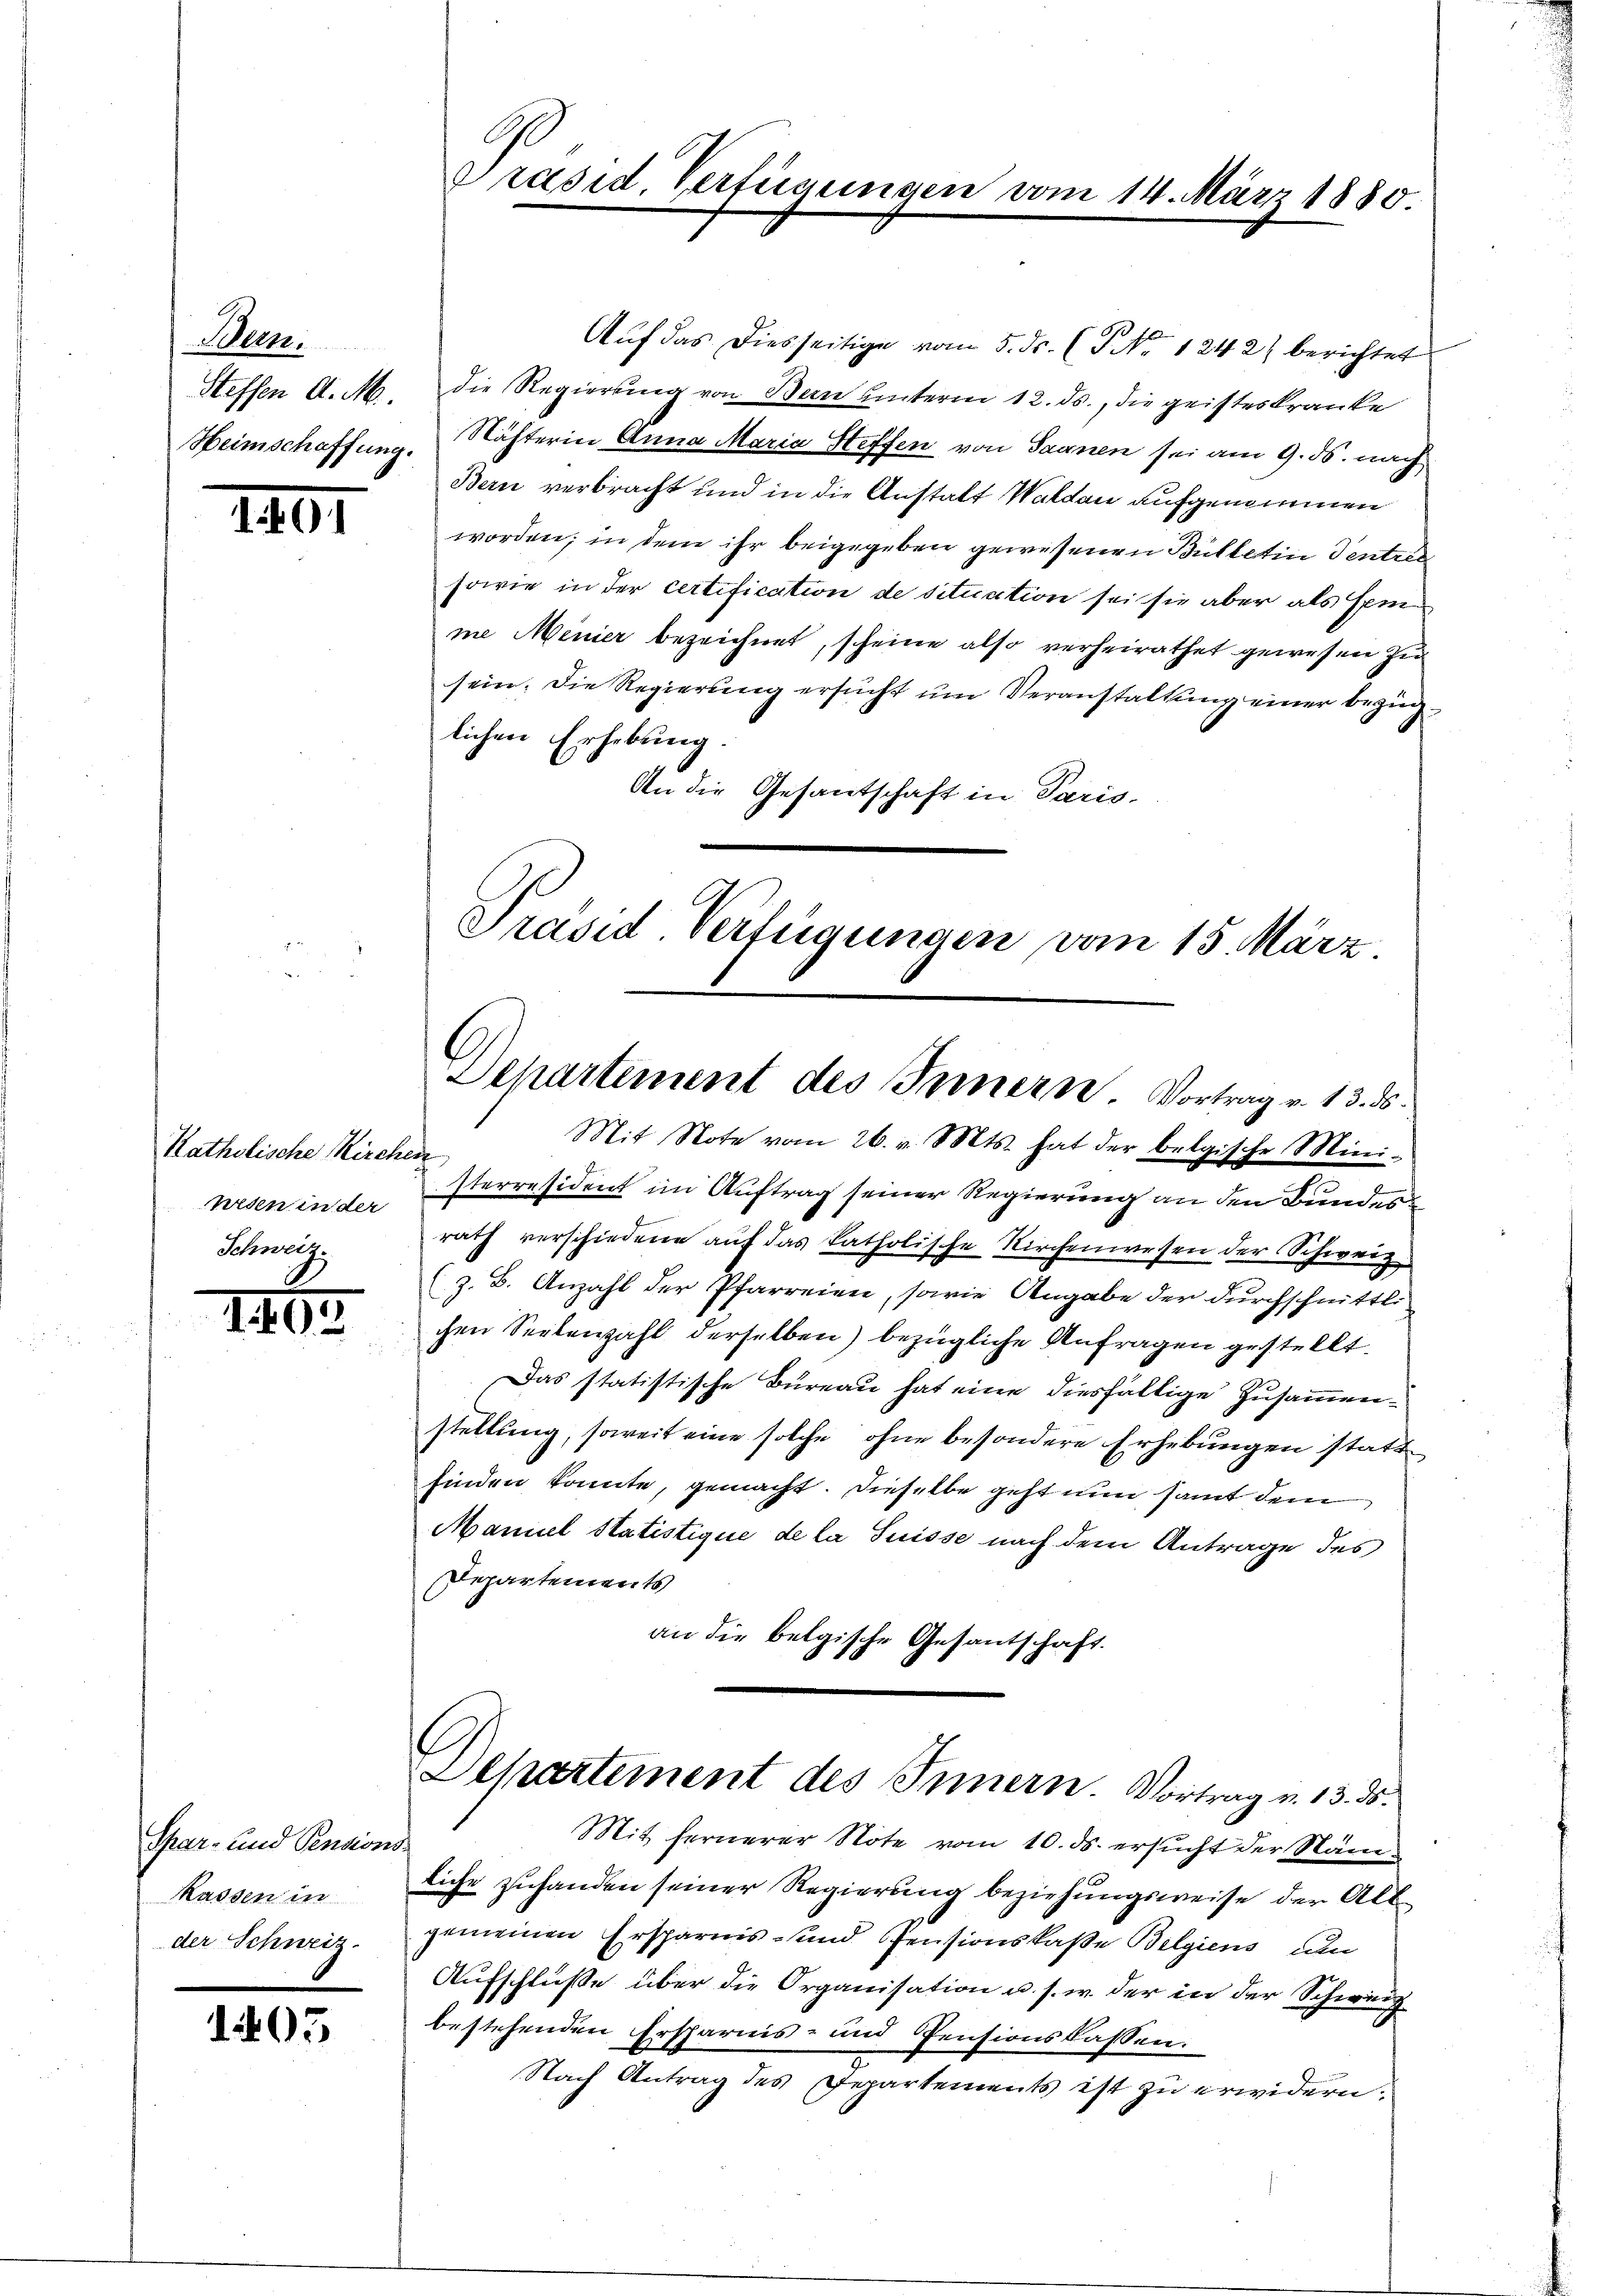
Bern.
Heimschaffung.

1401

Katholische Kirchen
wreden in der
Schweiz.

1402

Spar- und Pensions
Massen in
der Schweiz.

1403

Aŭf das diesseitige vom 5. ds. (T No 1242) berichtet
Steffen d. M. die Regierung von Bern unterm 12. ds., die geisteskranke
Nächterin Anna Maria Steffen von Saanen sei am 9. ds. nach
Bern verbracht und in die Anstalt Waldau aufgenommen
worden; in dem ihr beigegeben gewesenen Bütletin Tentret
sowie in der certification de situation sei sie aber als sein
me Menier bezeichnet, scheine also verheirathet gewesen zu
sein. Die Regierung ersucht um Veranstaltung einer beginglichen Erhebung.
An die Gesantschaft in Paris.
Präsid Verfügungen vom 15. März

Präsid. Verfügungen vom 14. März 1880.

Departement des Innern. Vortrag v. 13. ds.
Mit Note vom 26. v. Mts. hat der belgische Mini-

sterresident im Auftrag seiner Regierung an den Bundesrath verschiedene auf das katholische Kirchenwesen der Schweiz
(z. B. Anzahl der Pfarreien, sowie Angabe der durchschnittli
chen Seelenzahl derselben) bezügliche Anfragen gestellt
Das statistische Bureau hat eine diesfällige Zusammenstellung, soweit eine solche ohne besondere Erhebungen stattfinden konnte, gemacht. Dieselbe geht nun samt dem
Maniel Statistique de la Suisse nach dem Antrage des
Departements
an die belgische Gesantschaft.
10
Departement des Innern. Vortrag v. 13. ds.
Mit fernerer Note vom 10. ds. ersucht der Nämliche zuhanden seiner Regierung beziehungsweise der Altgemeinen Ersparnis- und Pensionskaße Bilgiens um
Aufschluße über die Organisation u. s. w. der in der Schweiz
bestehenden Ersparnis- und Pensionslassen:
Nach Antrag des Departements ist zu erwidern.